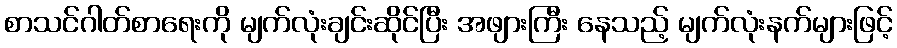
စာသင်ဂါတ်စာရေးကို မျက်လုံးချင်းဆိုင်ပြီး အဖျားကြီး နေသည့် မျက်လုံးနက်များဖြင့်